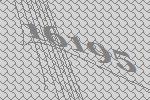
16195